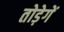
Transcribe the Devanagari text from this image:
तोड़ेगें